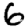
Digit: 6